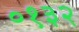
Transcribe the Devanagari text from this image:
०१३२